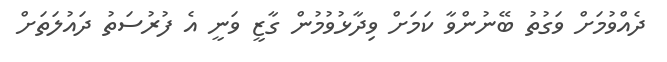
ދެއްވުމަށް ވަގުތު ބޭނުންވާ ކަމަށް ވިދާޅުވުމުން ގާޒީ ވަނީ އެ ފުރުސަތު ދައުލަތަށް